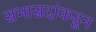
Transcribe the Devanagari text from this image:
सभासदांकडून